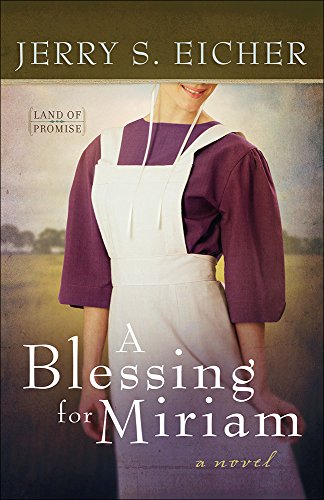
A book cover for A Blessing for Miriam (Land of Promise); Jerry S. Eicher; Romance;